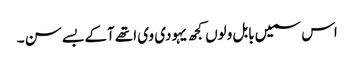
اس سمیں بابل ولوں کجھ یہودی وی اتھے آکے بسے سن ۔